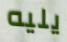
يليه